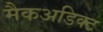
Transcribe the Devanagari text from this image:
मैकअडिक्ट